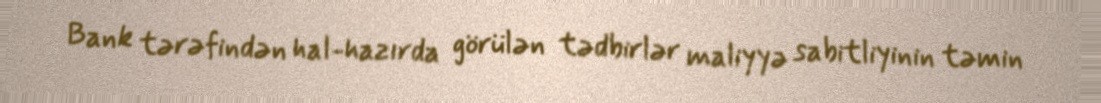
Bank tərəfindən hal-hazırda görülən tədbirlər maliyyə sabitliyinin təmin